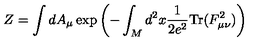
Z = \int d A _ { \mu } \exp \left( - \int _ { M } d ^ { 2 } x \frac { 1 } { 2 e ^ { 2 } } \mathrm { T r } ( F _ { \mu \nu } ^ { 2 } ) \right)